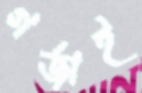
গর্‌জাই